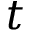
t